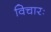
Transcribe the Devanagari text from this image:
विचारः